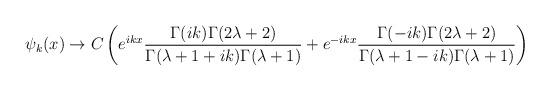
LaTeX: \begin{align*}\psi_k(x) \rightarrow C\left(e^{ikx}\frac{\Gamma(ik)\Gamma(2\lambda +2)}{\Gamma(\lambda+1+ik)\Gamma(\lambda+1)}+e^{-ikx}\frac{\Gamma(-ik)\Gamma(2\lambda +2)}{\Gamma(\lambda+1-ik)\Gamma(\lambda+1)}\right)\end{align*}